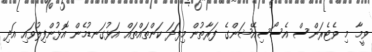
ވީމާ މި ވެޓެރަންސް އެސޯސިއޭޝަންގެ ފަރާތުން މިފަދަ ކަންތައްތައް އަޅުގަނޑުމެން އޮޅުންފިލުވައި އަދި